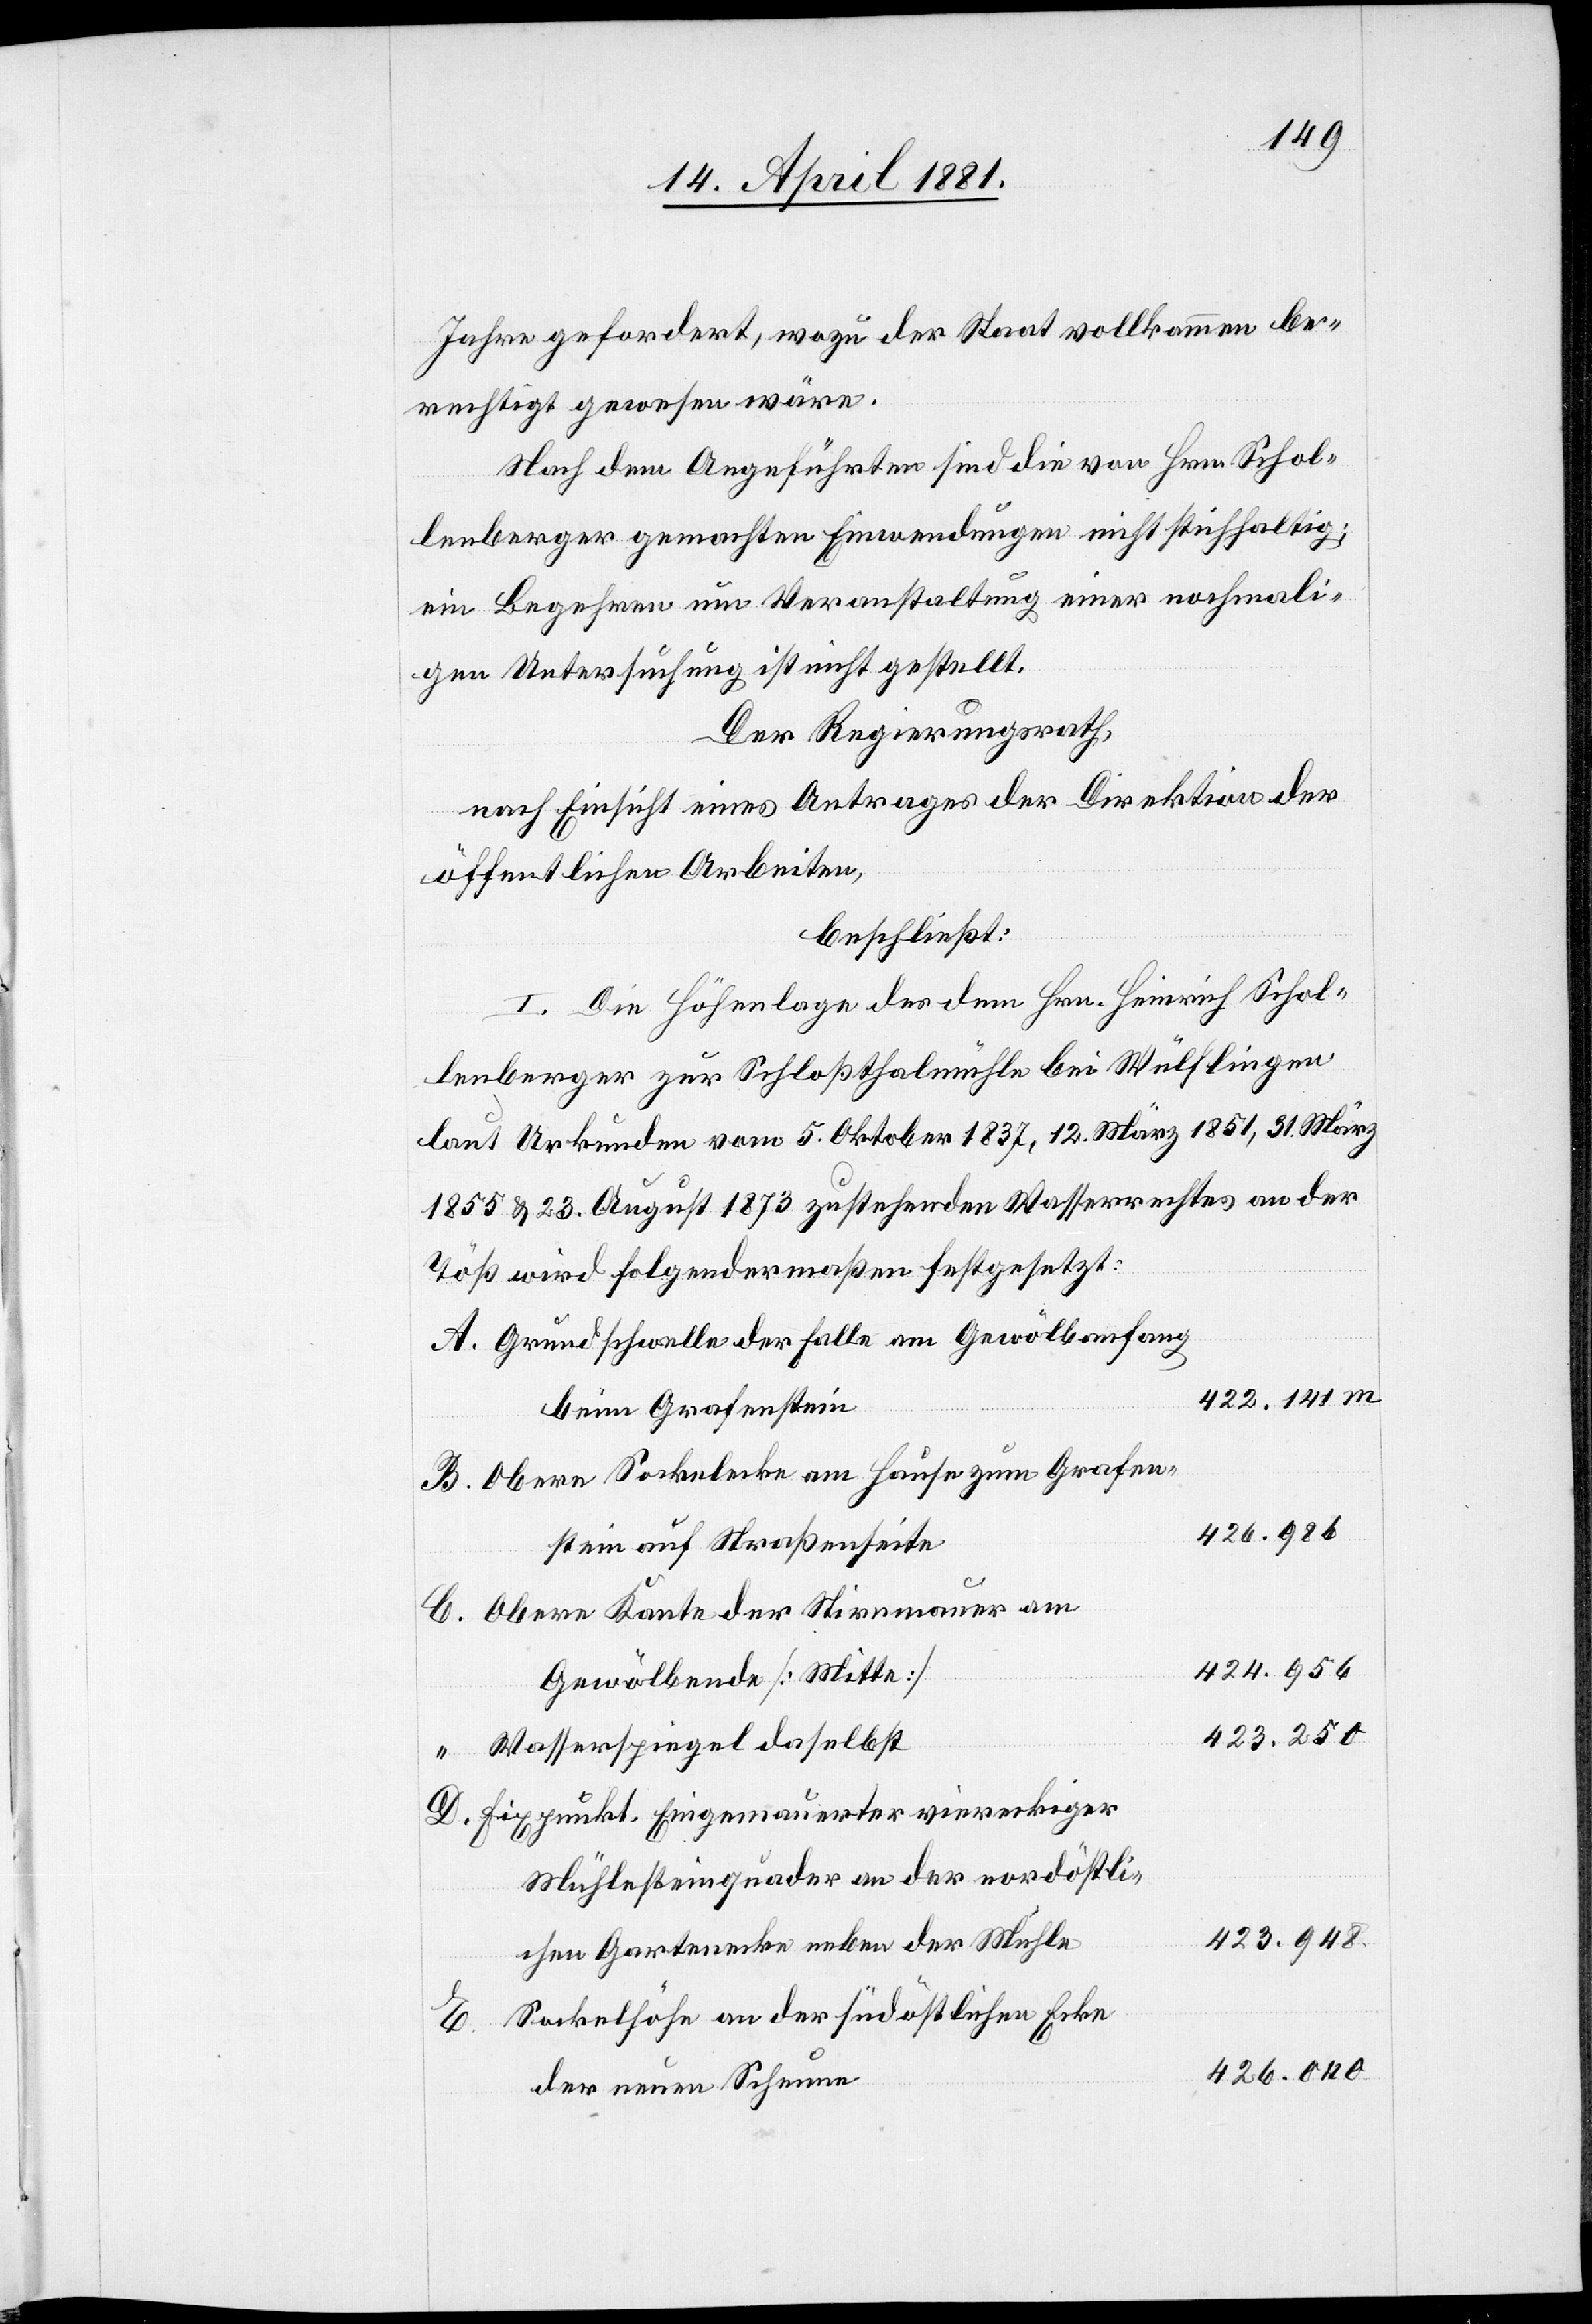
Jahre gefordert, wozu der Staat vollkommen be¬
rechtigt gewesen wäre.
Nach dem Angeführten sind die von Hrn. Schol¬
lenberger gemachten Einwendungen nicht stichhaltig;
ein Begehren um Veranstaltung einer nochmali¬
gen Untersuchung ist nicht gestellt.
Der Regierungsrath,
nach Einsicht eines Antrages der Direktion
öffentlichen Arbeiten,
beschließt:
I. Die Höhenlage des dem Hrn. Heinrich Schol¬
lenberger zur Schloßthalmühle bei Wülflingen
laut Urkunde vom 5. Oktober 1837, 12. März 1851, 31. März
1855 & 23. August 1873 zustehenden Wasserrechtes an der
Töß wird folgendermaßen festgesetzt:
Grundschwelle der Falle am Gewölbeanfang
422.141
beim Grafenstein
Obere Sockelecke am Hause zum Grafen¬
426.986
stein auf Straßenseite
Obere Kante der Stirnmauer am
424.956
Gewölbeende [Mitte]
423.250
Wasserspiegel daselbst
D.
Fixpunkt Eingemauerter viereckiger
Mühlensteinquader an der nordöstli¬
423.948
chen Gartenecke neben der Mühle
Sockelhöhe an der südöstlichen Ecke
B.
der neuen Scheune